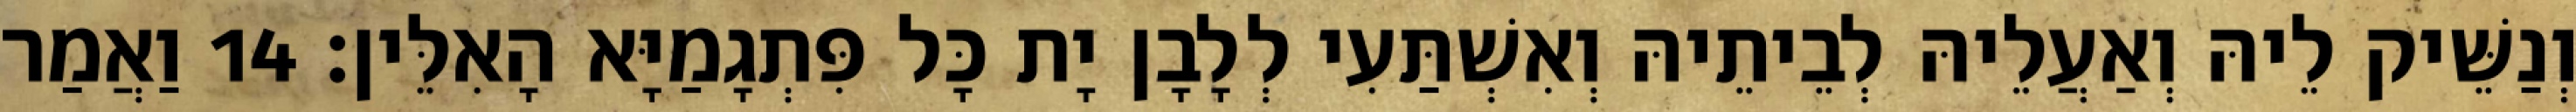
וְנַשֵּׁיק לֵיהּ וְאַעֲלֵיהּ לְבֵיתֵיהּ וְאִשְׁתַּעִי לְלָבָן יָת כָּל פִּתְגָמַיָּא הָאִלֵּין׃ 14 וַאֲמַר